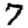
Digit: 7